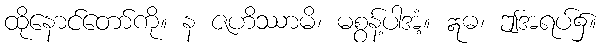
ထိုနောင်တော်ကို။ န ဇဟိဿာမိ၊ မစွန့်ပါအံ့။ ဣဓ၊ ဤအရပ်၌။